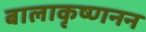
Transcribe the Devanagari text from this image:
बालाकृष्णनन